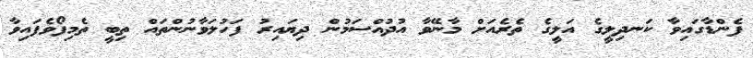
ފެންޑާގައިވާ ކަނދިލީގެ އަލީގެ ތެރެއަށް މާނޭވާ އުދުއްސަމުން ދިޔައިރު ފަހުލަވާނުންތައް ތިބީ ތެމިފޯވެފައިވާ